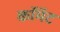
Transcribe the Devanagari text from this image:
कॉमॅट